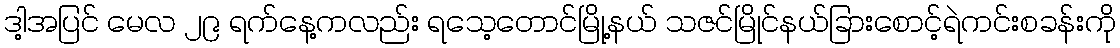
ဒါ့အပြင် မေလ ၂၉ ရက်နေ့ကလည်း ရသေ့တောင်မြို့နယ် သဇင်မြိုင်နယ်ခြားစောင့်ရဲကင်းစခန်းကို